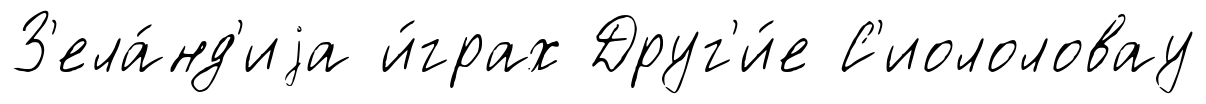
З'ела́нд'иjа и́грах Друг'и́е С'иололовау